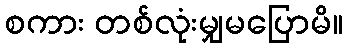
စကား တစ်လုံးမျှမပြောမိ။